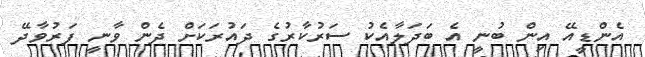
އެންޑީއޭ އިން ބުނީ އެ ބަދަލާއެކު ސަރުކާރުގެ ދައުރަކަށް ދެން ވާނީ ފަރުވާދޭ